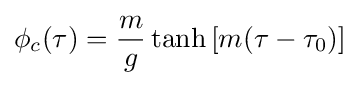
\phi _{c}(\tau )={\frac {m}{g}}\tanh \left[m(\tau -\tau _{0})\right]